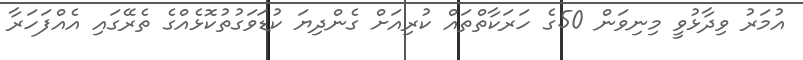
އުމަރު ވިދާޅުވީ މިނިވަން 50ގެ ހަރަކާތްތައް ކުރިއަށް ގެންދިޔަ ކުޑަވަގުތުކޮޅެއްގެ ތެރޭގައި އެއްފަހަރާ